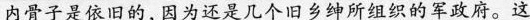
内骨子是依旧的，因为还是几个旧乡绅所组织的军政府。这